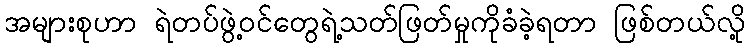
အများစုဟာ ရဲတပ်ဖွဲ့ဝင်တွေရဲ့သတ်ဖြတ်မှုကိုခံခဲ့ရတာ ဖြစ်တယ်လို့